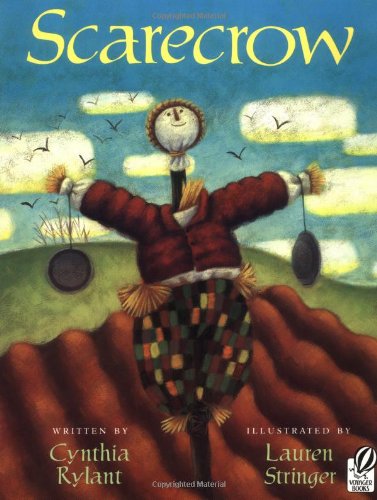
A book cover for Scarecrow; Cynthia Rylant; Children's Books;